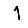
Digit: 1